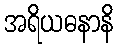
အရိယဓနာနိ